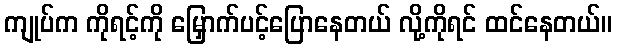
ကျုပ်က ကိုရင့်ကို မြှောက်ပင့်ပြောနေတယ် လို့ကိုရင် ထင်နေတယ်။